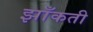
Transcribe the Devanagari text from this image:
झाँकती